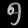
Digit: ၅